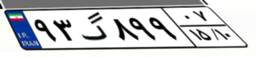
۹۳گ۸۹۹۰۷